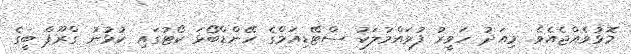
މޮޅުވެއްޖެއެވެ. މިއަދު ހަވީރު ފުވައްމުލަކު ސްޓޭޑިއަމްގެ ހޭންޑްބޯޅަ ކޯޓުގައި ކުޅުނު ގްރޫޕް ބީގެ